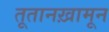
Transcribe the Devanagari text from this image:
तूतानख़ामून